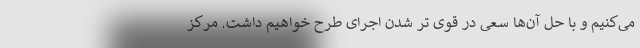
می‌کنیم و با حل آن‌ها سعی در قوی تر شدن اجرای طرح خواهیم داشت. مرکز